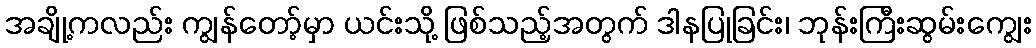
အချို့ကလည်း ကျွန်တော့်မှာ ယင်းသို့ ဖြစ်သည့်အတွက် ဒါနပြုခြင်း၊ ဘုန်းကြီးဆွမ်းကျွေး